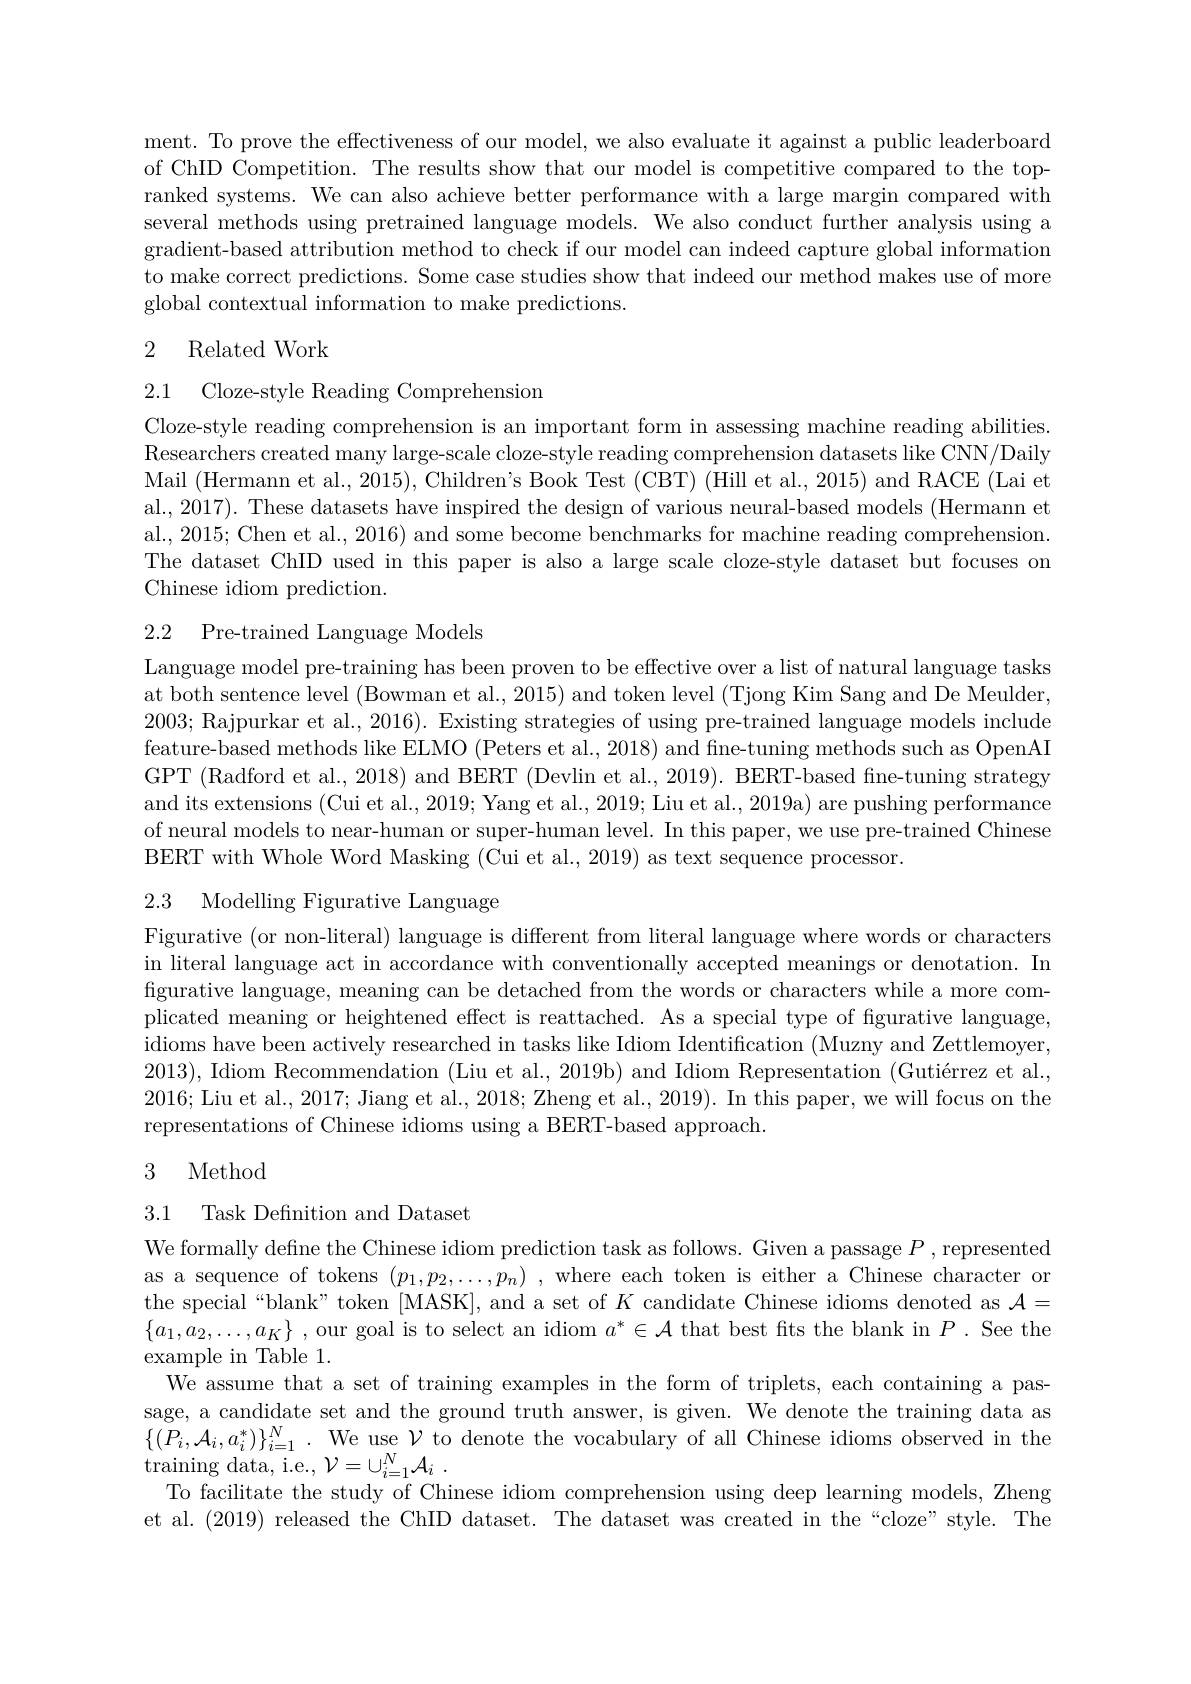
ment. To prove the effectiveness of our model, we also evaluate it against a public leaderboard of ChID Competition. The results show that our model is competitive compared to the topranked systems. We can also achieve better performance with a large margin compared with several methods using pretrained language models. We also conduct further analysis using a gradient-based attribution method to check if our model can indeed capture global information to make correct predictions. Some case studies show that indeed our method makes use of more global contextual information to make predictions.

## 2 Related Work

2.1 Cloze-style Reading Comprehension

Cloze-style reading comprehension is an important form in assessing machine reading abilities. Researchers created many large-scale cloze-style reading comprehension datasets like CNN/Daily Mail (Hermann et al., 2015), Children's Book Test (CBT) (Hill et al., 2015) and RACE (Lai et al., 2017). These datasets have inspired the design of various neural-based models (Hermann et al., 2015; Chen et al., 2016) and some become benchmarks for machine reading comprehension. The dataset ChID used in this paper is also a large scale cloze-style dataset but focuses on Chinese idiom prediction.

## 2.2 Pre-trained Language Models

Language model pre-training has been proven to be effective over a list of natural language tasks at both sentence level (Bowman et al., 2015) and token level (Tjong Kim Sang and De Meulder, 2003; Rajpurkar et al., 2016). Existing strategies of using pre-trained language models include feature-based methods like ELMO (Peters et al., 2018) and fine-tuning methods such as OpenAI GPT (Radford et al., 2018) and BERT (Devlin et al., 2019). BERT-based fine-tuning strategy and its extensions (Cui et al., 2019; Yang et al., 2019; Liu et al., 2019a) are pushing performance of neural models to near-human or super-human level. In this paper, we use pre-trained Chinese BERT with Whole Word Masking (Cui et al., 2019) as text sequence processor.

## 2.3 Modelling Figurative Language

Figurative (or non-literal) language is different from literal language where words or characters in literal language act in accordance with conventionally accepted meanings or denotation. In figurative language, meaning can be detached from the words or characters while a more complicated meaning or heightened effect is reattached. As a special type of figurative language, idioms have been actively researched in tasks like Idiom Identification (Muzny and Zettlemoyer, 2013), Idiom Recommendation (Liu et al., 2019b) and Idiom Representation (Gutiérrez et al., 2016; Liu et al., 2017; Jiang et al., 2018; Zheng et al., 2019). In this paper, we will focus on the representations of Chinese idioms using a BERT-based approach.

### 3 Method

3.1 Task Definition and Dataset

We formally define the Chinese idiom prediction task as follows. Given a passage $P$, represented as a sequence of tokens $(p_1,p_2,\ldots,p_n)$ ,where each token is either a Chinese character or the special“blank”token [MASK], and a set of $K$ candidate Chinese idioms denoted as $\mathcal{A}=$ $\{ a_{1}, a_{2}, \ldots , a_{K}\}$ , our goal is to select an idiom $a^*\in\mathcal{A}$ that best fits the blank in $P.$ See the example in Table 1.
We assume that a set of training examples in the form of triplets, each containing a passage, a candidate set and the ground truth answer, is given. We denote the training data as $\{ ( P_{i}, \mathcal{A} _{i}, a_{i}^{* }) \} _{i= 1}^{N}$ . We use $\mathcal{V}$ to denote the vocabulary of all Chinese idioms observed in the $\operatorname { \mathrm{training~data, ~i. e. , ~}} \mathcal{V} = \cup _{i= 1}^{N}\mathcal{A} _{i}$ .
To facilitate the study of Chinese idiom comprehension using deep learning models, Zheng et al. (2019) released the ChID dataset. The dataset was created in the“cloze”style. The